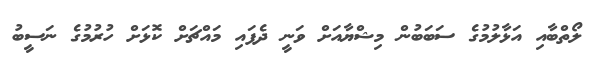
ލޯތްބާއި އަޅާލުމުގެ ސަބަބުން މިޝްޔާއަށް ވަނީ ދެފައި މައްޗަށް ކޮޅަށް ހުރުމުގެ ނަސީބު